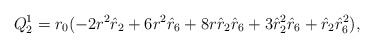
\begin{align*}Q^1_2 = r_0 (-2 r^2 \hat{r}_2 + 6 r^2 \hat{r}_6 + 8 r \hat{r}_2\hat{r}_6 + 3 \hat{r}_2^2 \hat{r}_6 + \hat{r}_2 \hat{r}_6^2),\end{align*}